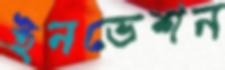
ইনভেশন